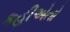
કહીએતો